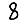
Digit: 8